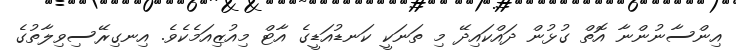
އިންސާނުންނާ އޮތް ގުޅުން ދައްކައިދޭ މި ތަނަކީ ކަނޑުއަޑީގެ އާޓް މިއުޒިއަމެކެވެ. އިނގިރޭސިވިލާތުގެ